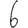
Digit: 6